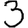
Digit: 3